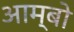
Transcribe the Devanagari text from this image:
आम्बो